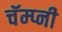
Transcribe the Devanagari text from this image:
चॅम्प्नी